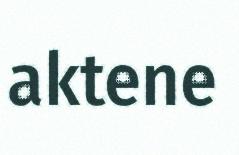
aktene